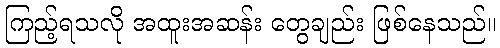
ကြည့်ရသလို အထူးအဆန်း တွေချည်း ဖြစ်နေသည်။